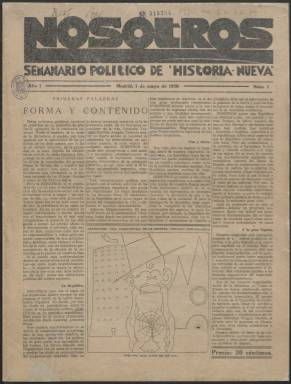
Título: Nosotros (Madrid. 1930)
Colección: Periódicos
Ámbito geográfico: Madrid
Lugar de publicación: Madrid
Fechas: 01/05/1930-15/08/1931